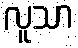
လူသာ